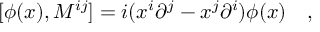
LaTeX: [ \phi ( x ) , M ^ { i j } ] = i ( x ^ { i } { \partial } ^ { j } - x ^ { j } { \partial } ^ { i } ) \phi ( x ) \quad ,